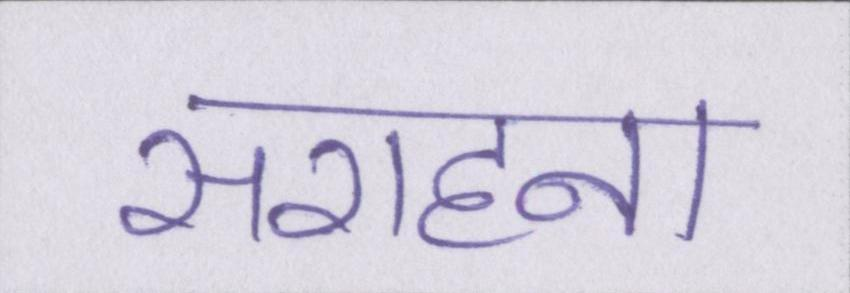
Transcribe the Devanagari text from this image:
सराहना